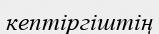
кептіргіштің